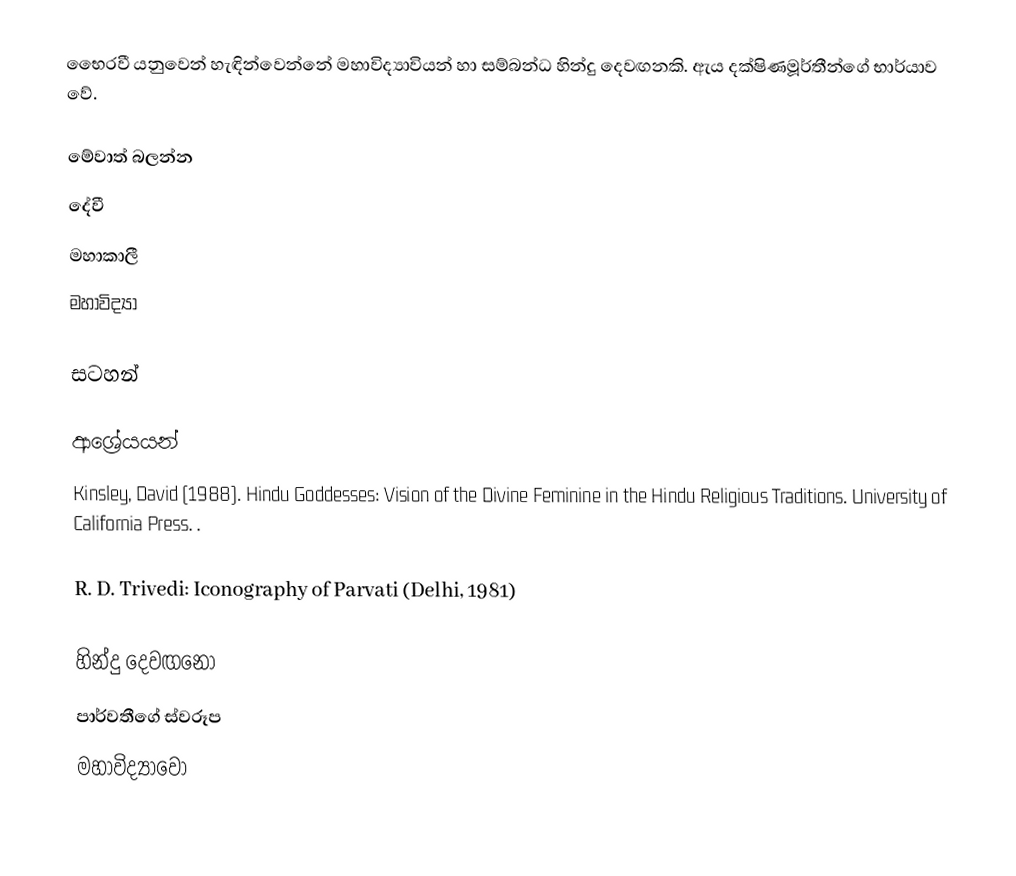
භෛරවී යනුවෙන් හැඳින්වෙන්නේ මහාවිද්‍යාවියන් හා සම්බන්ධ හින්දු දෙවඟනකි. ඇය දක්ෂිණමූර්තීන්ගේ භාර්යාව වේ.

මේවාත් බලන්න
දේවී
මහාකාලී
මහාවිද්‍යා

සටහන්

ආශ්‍රේයයන්
 Kinsley, David (1988). Hindu Goddesses: Vision of the Divine Feminine in the Hindu Religious Traditions. University of California Press. .

 R. D. Trivedi: Iconography of Parvati (Delhi, 1981)

හින්දු දෙවඟනෝ
පාර්වතීගේ ස්වරූප
මහාවිද්‍යාවෝ